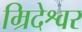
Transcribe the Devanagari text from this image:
म्रिदेश्वर